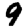
Digit: 9